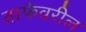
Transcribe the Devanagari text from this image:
वाफेवरील